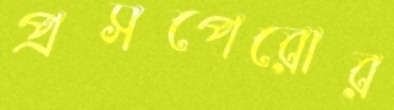
প্রসপেরোর